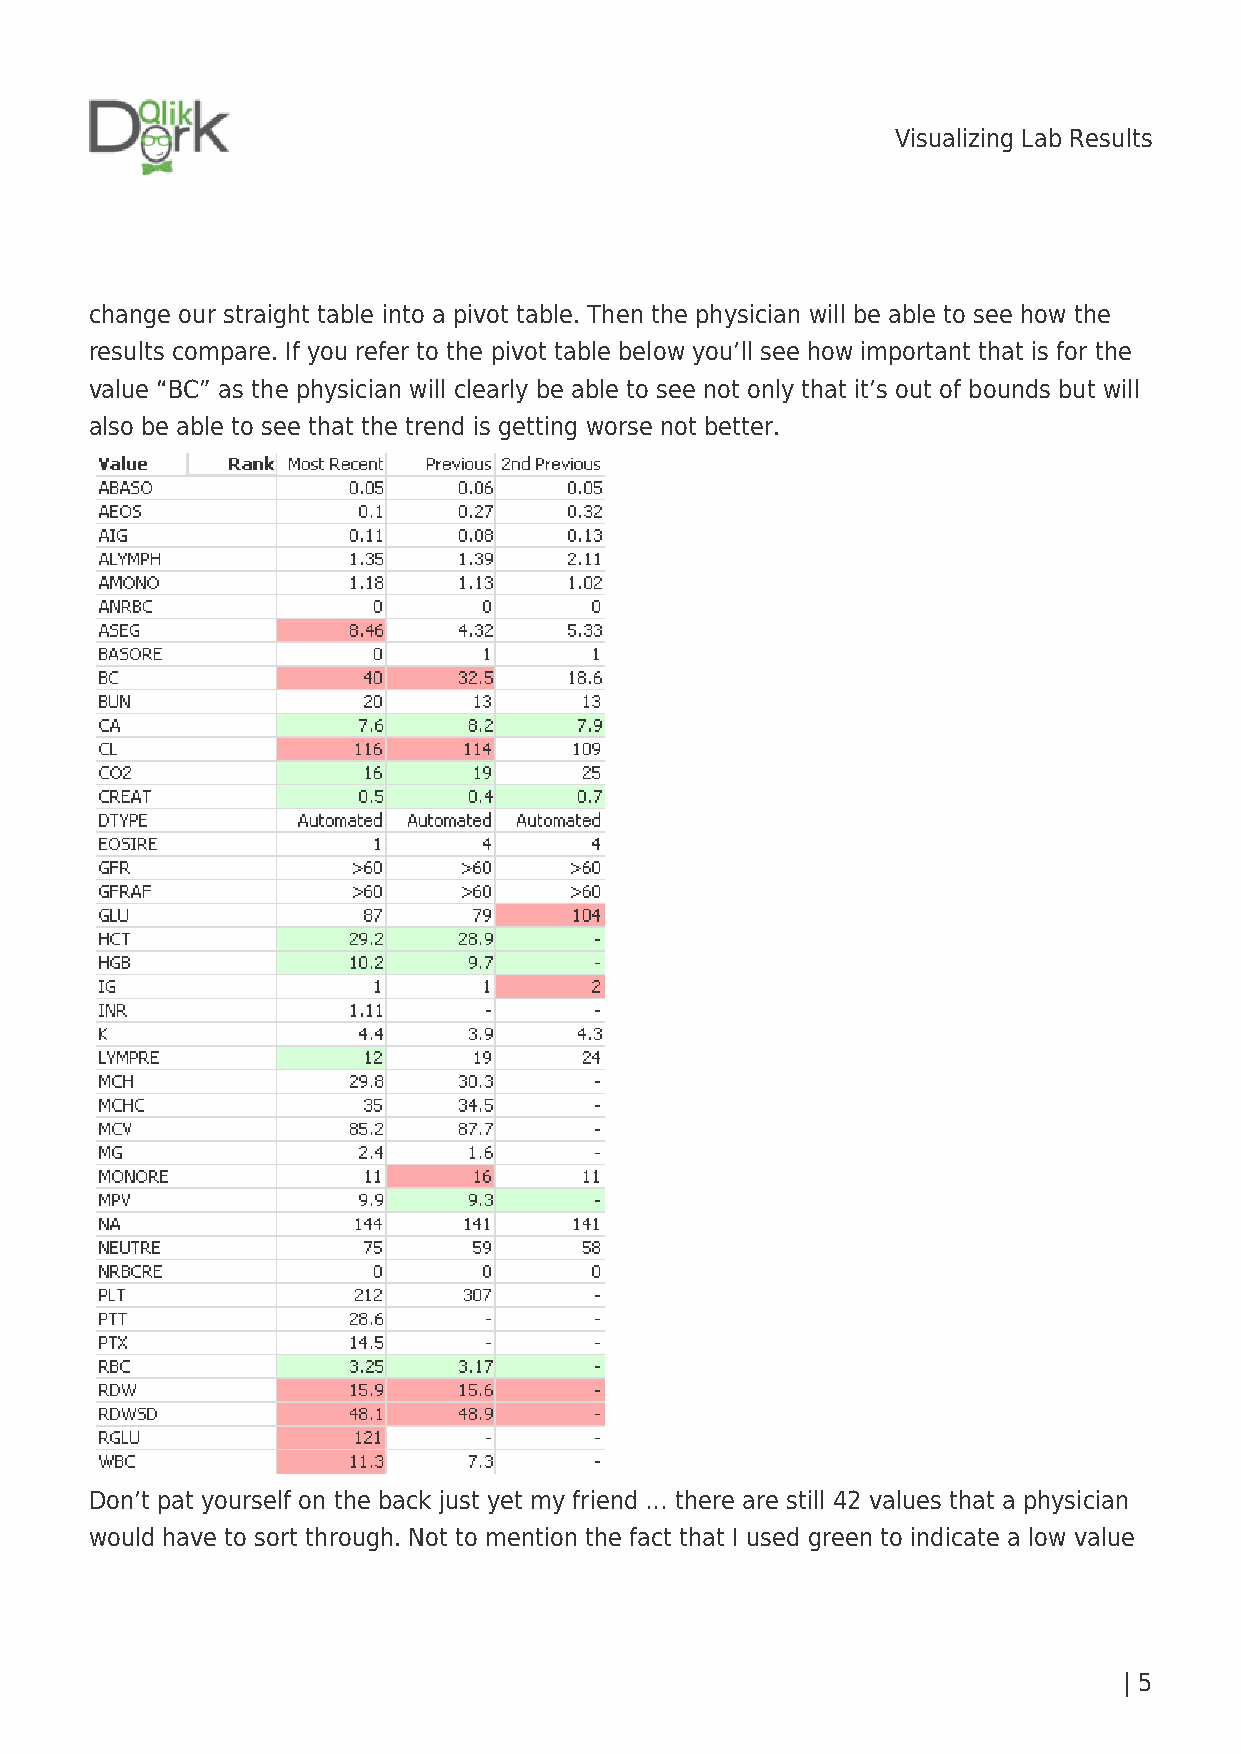
Visualizing Lab Results
 change our straight table into a pivot table. Then the physician will be able to see how the
 results compare. If you refer to the pivot table below you’ll see how important that is for the
 value “BC” as the physician will clearly be able to see not only that it’s out of bounds but will
 also be able to see that the trend is getting worse not better.
 Don’t pat yourself on the back just yet my friend … there are still 42 values that a physician
 would have to sort through. Not to mention the fact that I used green to indicate a low value
 | 5